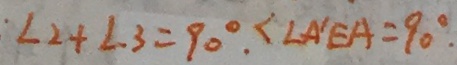
. \angle 2 + \angle 3 = 9 0 ^ { \circ } , < \angle A ^ { \prime } E A = 9 0 ^ { \circ } .